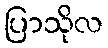
ပြာသိုလ